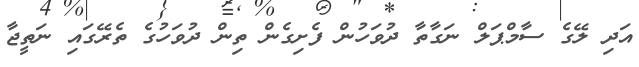
އަދި ލޭގެ ސާމްޕަލް ނަގާތާ ދުވަހުން ފެށިގެން ތިން ދުވަހުގެ ތެރޭގައި ނަތީޖާ